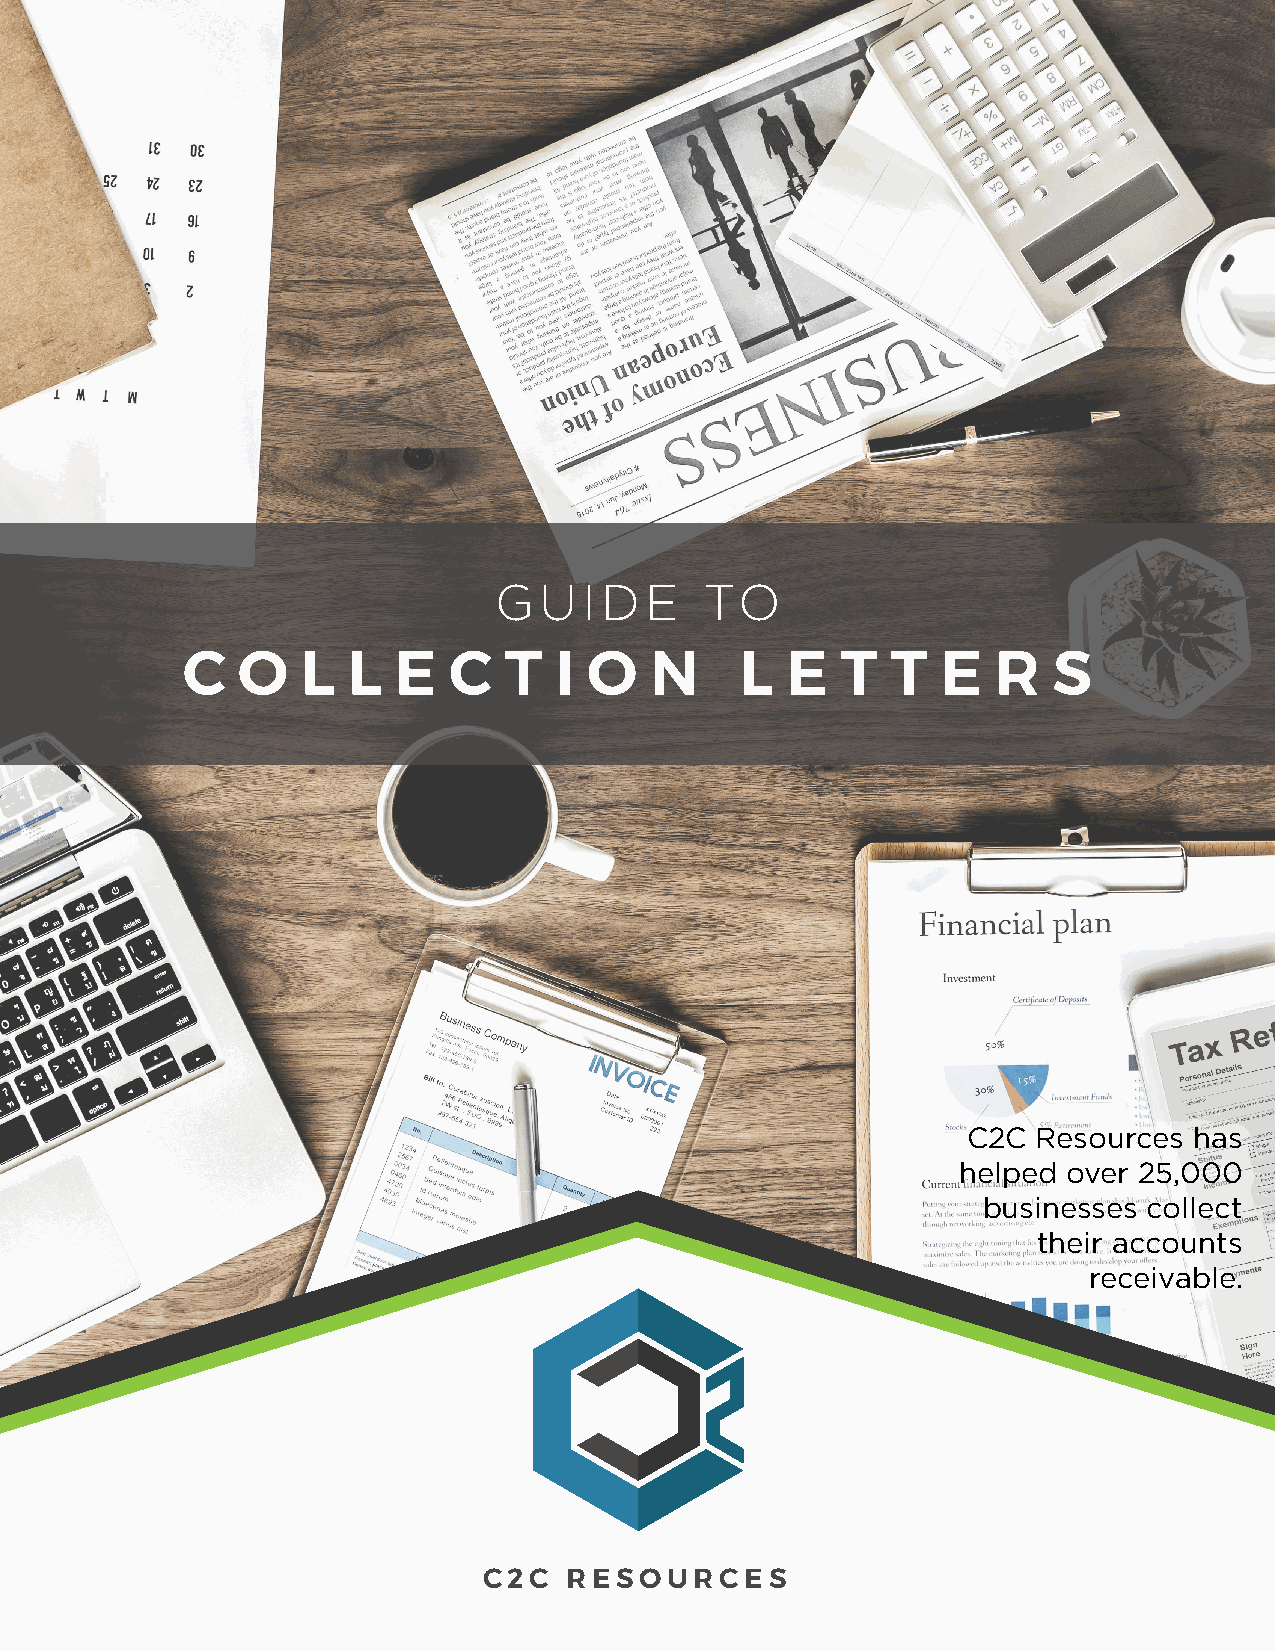
Guide to
 COLLECTION  LETTERS
 GUIDE         TO
 C   O   L  L  E   C  T   I O   N     L  E   T  T  E   R   S
 C2C  Resources has
 helped  over 25,000
 businesses collect
 their accounts
 receivable.
 C2C   RESOURCES